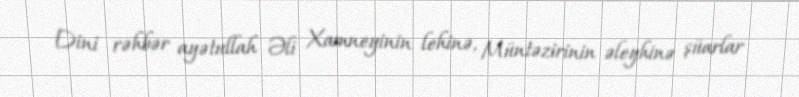
Dini rəhbər ayətullah Əli Xamneyinin lehinə, Müntəzirinin əleyhinə şüarlar